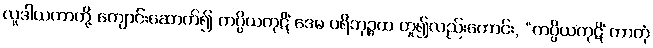
လူဒါယကာတို့ ကျောင်းဆောက်၍ ကပ္ပိယကုဋိံ ဒေမ ပရိဘုဉ္ဇထ ဟူ၍လည်းကောင်း, “ကပ္ပိယကုဋိံ ကာတုံ